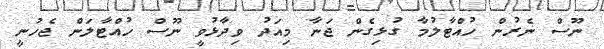
ނޫސް ނެރުން ހުއްޓާލުމާ ގުޅިގެން ޖަނާ މިއަދު ވިދާޅުވީ ނޫސް ހުއްޓާލަން ޖެހުނީ